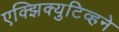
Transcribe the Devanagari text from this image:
एक्झिक्युटिव्हने